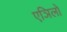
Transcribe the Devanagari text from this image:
एञिलो